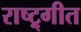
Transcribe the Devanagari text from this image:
राष्ट्र्गीत